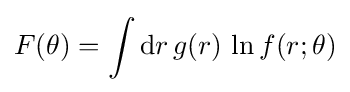
F(\theta )=\int {\textrm {d}}r\,g(r)\,\ln f(r;\theta )